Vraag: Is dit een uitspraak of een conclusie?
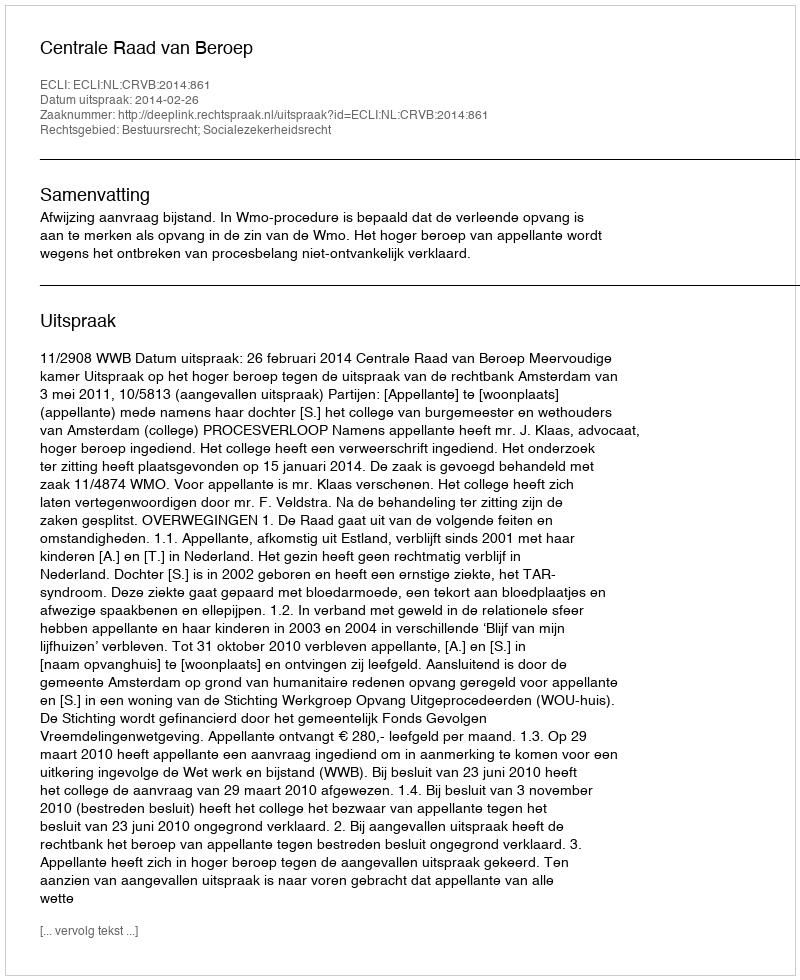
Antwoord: Uitspraak